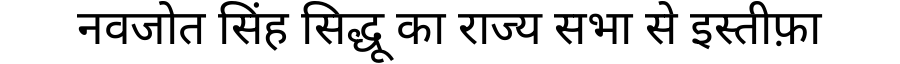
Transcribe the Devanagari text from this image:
नवजोत सिंह सिद्धू का राज्य सभा से इस्तीफ़ा